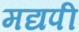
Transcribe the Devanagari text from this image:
मद्यपी